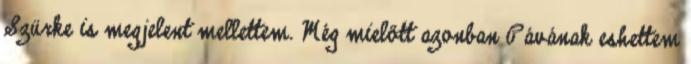
Szürke is megjelent mellettem. Még mielőtt azonban Pávának eshettem